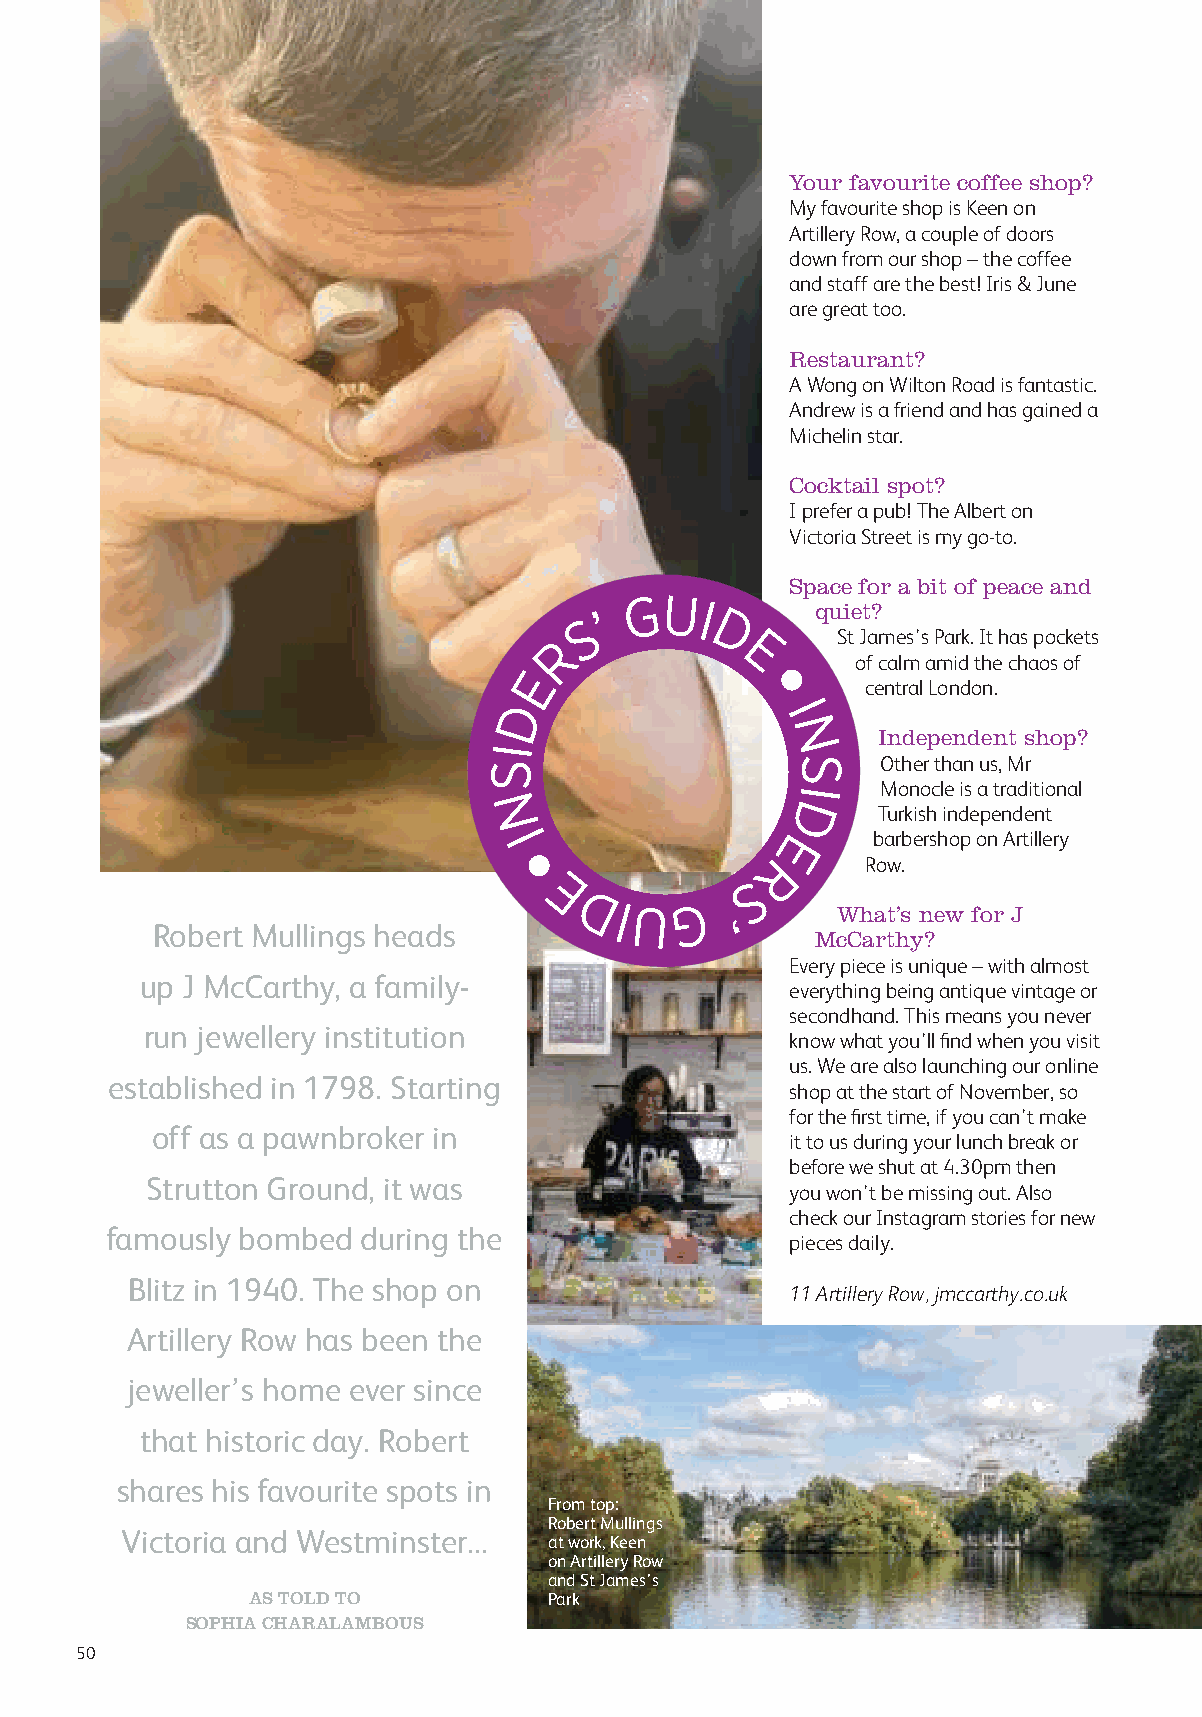
Your favourite coffee shop?
 My favourite shop is Keen on
 Artillery Row, a couple of doors
 down from our shop – the coffee
 and staff are the best! Iris & June
 are great too.
 Restaurant?
 A Wong on Wilton Road is fantastic.
 Andrew is a friend and has gained a
 Michelin star.
 Cocktail spot?
 I prefer a pub! The Albert on
 Victoria Street is my go-to.
 Space for a bit of peace and
 G  UI
 S ’      D      quiet?
 R            E     St James’s Park. It has pockets
 E                      of calm amid the chaos of
 central London.
 D                   I
 N     Independent shop?
 I
 S                     S    Other than us, Mr
 I    Monocle is a traditional
 N                    D    Turkish independent
 I                   E     barbershop on Artillery
 R     Row.
 S
 E DIU     G  ’      What’s new for J
 Robert Mullings heads                       McCarthy?
 Every piece is unique – with almost
 up J McCarthy, a family-
 everything being antique vintage or
 secondhand. This means you never
 run jewellery institution
 know what you’ll find when you visit
 us. We are also launching our online
 established in 1798. Starting
 shop at the start of November, so
 for the first time, if you can’t make
 off as a pawnbroker in
 it to us during your lunch break or
 before we shut at 4.30pm then
 Strutton Ground, it was
 you won’t be missing out. Also
 check our Instagram stories for new
 famously bombed  during the
 pieces daily.
 Blitz in 1940. The shop on                  11 Artillery Row, jmccarthy.co.uk
 Artillery Row has been the
 jeweller’s home ever since
 that historic day. Robert
 shares his favourite spots in
 From top:
 Robert Mullings
 Victoria and Westminster...
 at work, Keen
 on Artillery Row
 and St James’s
 AS TOLD TO          Park
 SOPHIA CHARALAMBOUS
 50